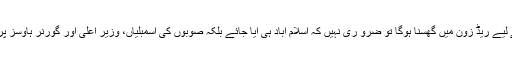
ظاہر ہے اس کے لیے ریڈ زون میں گھسنا ہوگا تو ضرو ری نہیں کہ اسلام آباد ہی آیا جائے بلکہ صوبوں کی اسمبلیاں، وزیر اعلیٰ اور گورنر ہاؤسز پر دھرنا دیا جائے۔